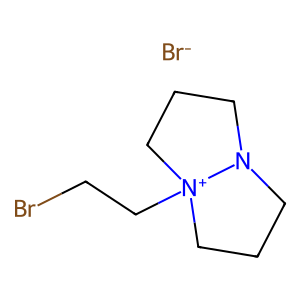
SMILES: BrCC[N+]12CCCN1CCC2.[Br-]
Inhibits HIV replication: No